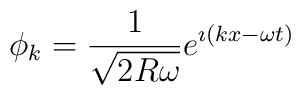
\phi_{k}={1\over{\sqrt{2R\omega}}} e^{\imath(kx-\omega t)}